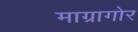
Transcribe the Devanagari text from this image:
माग्रागोर